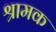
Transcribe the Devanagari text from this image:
श्रामक